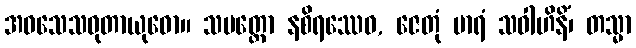
အဝသေသဓုတာယုဓော။ သမတ္ထော နစိရဿေဝ, ဇေတုံ မာရံ သဝါဟိနိံ၊ တသ္မာ